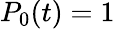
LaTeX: P_{0}(t)=1